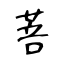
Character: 菩